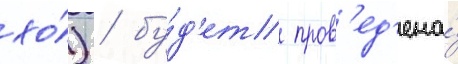
хо́) / бу́д'ет пров'ед'ена́